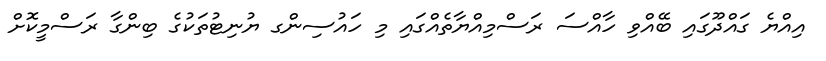
އިއްޔެ ގައްދޫގައި ބޭއްވި ހާއްސަ ރަސްމިއްޔާތެއްގައި މި ހައުސިންގ ޔުނިޓުތަކުގެ ބިންގާ ރަސްމީކޮށް